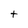
Character: t